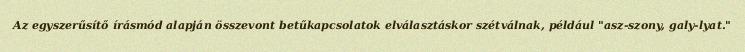
Az egyszerűsítő írásmód alapján összevont betűkapcsolatok elválasztáskor szétválnak, például "asz-szony, galy-lyat."